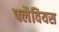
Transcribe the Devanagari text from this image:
फ्लैवियस